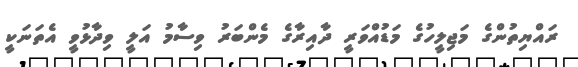
ރައްޔިތުންގެ މަޖިލީހުގެ މަޑުއްވަރީ ދާއިރާގެ މެންބަރު ވިސާމު އަލީ ވިދާޅުވީ އެތަނަކީ